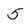
Character: 5